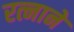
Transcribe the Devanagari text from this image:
रत्नाने